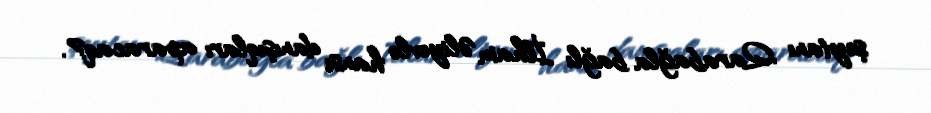
şeytanı Qarabağla bağlı İlham Əliyevlə hansı danışıqları aparacaq?.